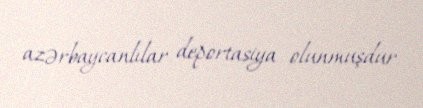
azərbaycanlılar deportasiya olunmuşdur.